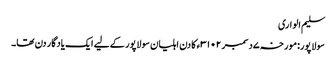
سلیم الواری
سولاپور:مورخہ ۷دسمبر ۳۱۰۲ء کا دن اہلیان سولاپور کے لیے ایک یادگار دن تھا۔